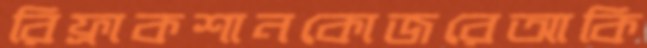
রিফ্রাকশানকোজরেআকি